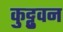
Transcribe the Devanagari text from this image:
कुट्टुवन